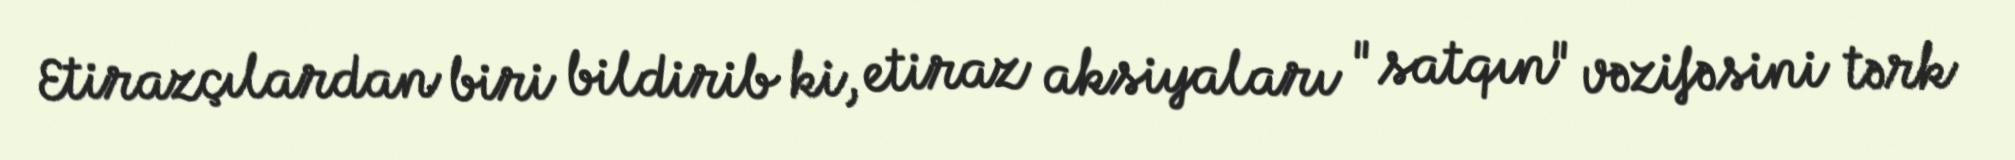
Etirazçılardan biri bildirib ki, etiraz aksiyaları "satqın" vəzifəsini tərk